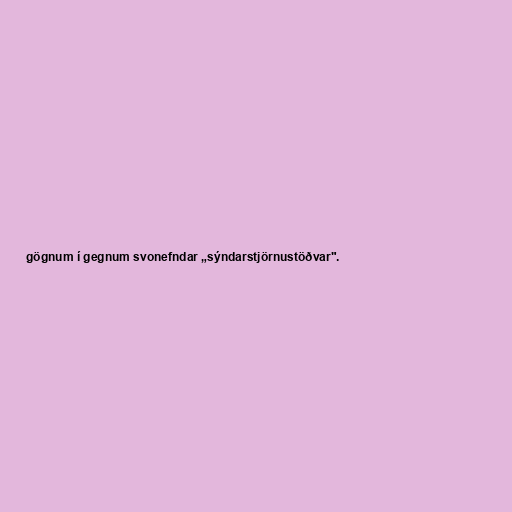
gögnum í gegnum svonefndar „sýndarstjörnustöðvar".